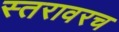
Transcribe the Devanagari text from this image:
स्तरावरच